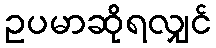
ဥပမာဆိုရလျှင်